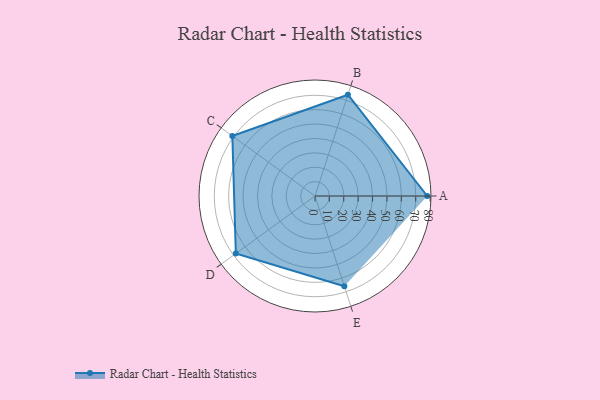
{"axis": {"x": "Skill", "y": "Score"}, "legend": ["Profile"], "data": [{"x": "A", "y": 78.0, "type": "Profile"}, {"x": "B", "y": 74.0, "type": "Profile"}, {"x": "C", "y": 71.0, "type": "Profile"}, {"x": "D", "y": 68.0, "type": "Profile"}, {"x": "E", "y": 66.0, "type": "Profile"}]}